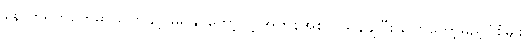
နောက်ရက်တွေမှာ ပြောခွင့် မရနိုင်တော့လို့ အကုန်အစင် သွန်ချပြီး ပြောတော့မည့်ပုံစံမျိုး။